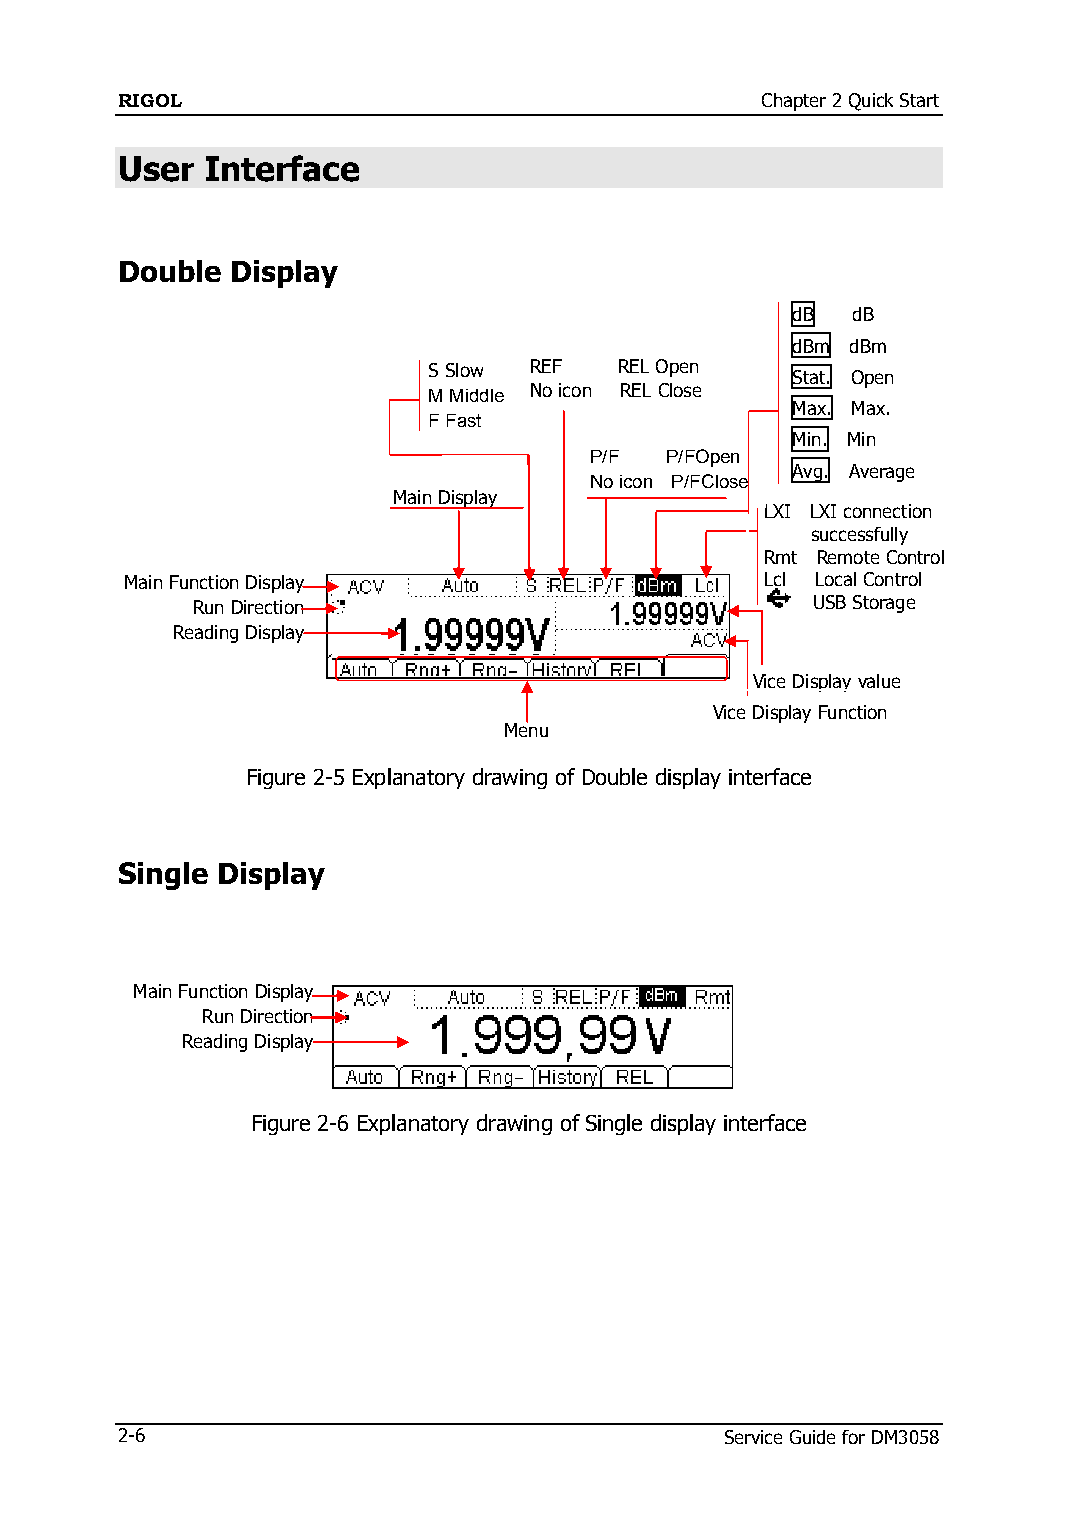
RIGOL                                     Chapter 2 Quick Start
 User  Interface
 Double Display
 dB  dB
 dBm dBm
 S Slow REF   REL Open
 Stat. Open
 M Middle No icon REL Close
 Max. Max.
 F Fast
 Min. Min
 P/F  P/FOpen
 Avg. Average
 No icon P/FClose
 Main Display
 LXI LXI connection
 successfully
 Rmt Remote Control
 Main Function Display                      Lcl Local Control
 Run Direction                            USB Storage
 Reading Display
 Vice Display value
 Vice Display Function
 Menu
 Figure 2-5 Explanatory drawing of Double display interface
 Single Display
 Main Function Display
 Run Direction
 Reading Display
 Figure 2-6 Explanatory drawing of Single display interface
 2-6                                     Service Guide for DM3058